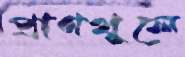
প্রাণখুলে